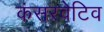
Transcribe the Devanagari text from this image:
कंसरवेटिव